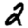
Digit: 2